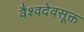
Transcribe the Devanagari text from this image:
वैश्वदेवसूक्त